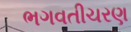
ભગવતીચરણ